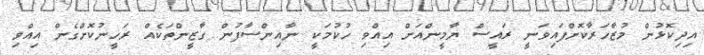
އިދިކޮޅުން މުޒާހަރާކޮށްފައިވަނީ ރައީސް ޔާމީންއަށް އިއްވި ހުކުމަކީ ނާއިންސާފުން ގާޒީންތަކެއް ރަހީނުކޮށްގެން އިއްވި